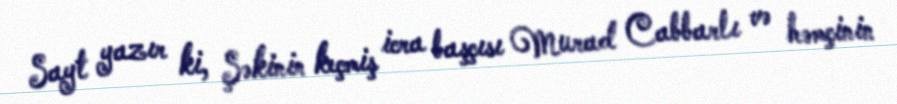
Sayt yazır ki, Şəkinin keçmiş icra başçısı Murad Cabbarlı və həmçinin